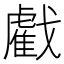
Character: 𢨘